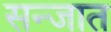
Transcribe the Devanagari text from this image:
सन्जात